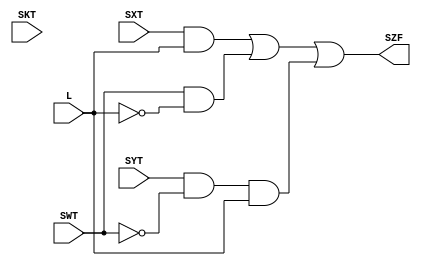
module CF(

    output SZF,
    input SXT,
    input SYT,
    input SKT,
    input SWT,
    input L
);


assign SZF = (SXT & L) | (SWT & ~L ) | ( SYT & ~SWT & L);

endmodule